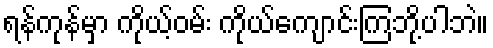
ရန်ကုန်မှာ ကိုယ့်ဝမ်း ကိုယ်ကျောင်းကြဘို့ပါဘဲ။